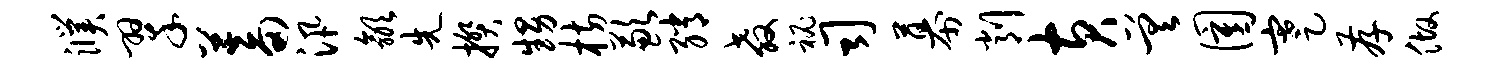
濮翠蓄汛歙先揆甥枋歉绡教秘司幕削黄差圉蹇存做